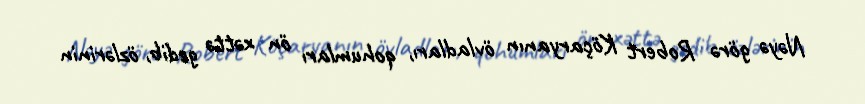
Nəyə görə Robert Köçaryanın övladları, qohumları ön xəttə gedib, özlərinin